Report on vaccination proceedings throughout the Government of Bengal -
Year: 1868
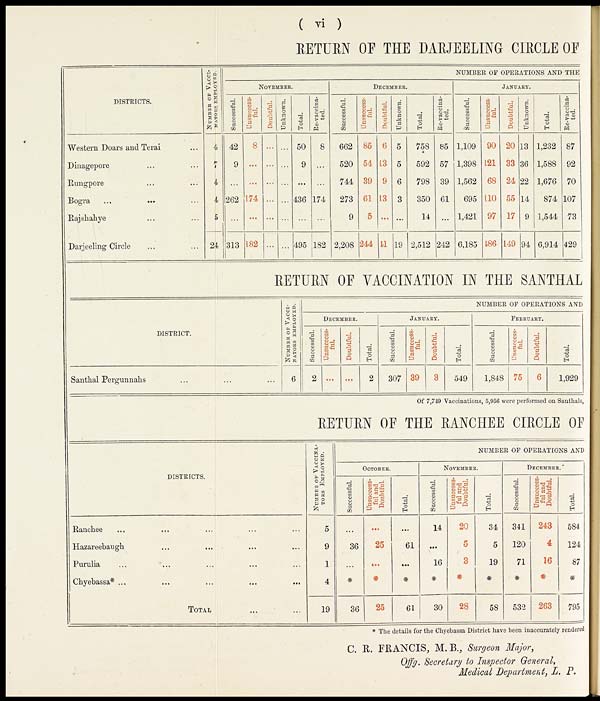
( vi )
RETURN OF THE DARJEELING CIRCLE OF
DISTRICTS.
Western Doars and Terai...
Dinagepore... ...
Rungpore... ...
Bogra... ...
Rajshahye... ...
Darjeeling Circle... ...
NUMBER OF VACCI-
NATORS EMPLOYED.
4
7
4
4
5
24
NUMBER OF OPERATIONS AND THE
NOVEMBER.
Successful.
42
9
...
262
...
313
Unsuccess-
ful.
8
...
...
174
...
182
Doubtful.
...
...
...
...
...
...
Unknown.
...
...
...
...
...
...
Total.
50
9
...
436
...
495
Re-vaccina-
ted.
8
...
...
174
...
182
DECEMBER.
Successful.
662
520
744
273
9
2,208
Unsuccess-
ful.
85
54
39
61
5
244
Doubtful.
6
13
9
13
...
11
Unknown.
5
5
6
3
...
19
Total.
758
592
798
350
14
2,512
Re-vaccina-
ted.
85
57
39
61
...
242
JANUARY.
Successful.
1,109
1,398
1,562
695
1,421
6,185
Unsuccess-
ful.
90
121
68
110
97
186
Doubtful.
20
33
24
55
17
149
Unknown.
13
36
22
14
9
94
Total.
1,232
1,588
1,676
874
1,544
6,914
Re-vaccina-
ted.
87
92
70
107
73
429
RETURN OF VACCINATION IN THE SANTHAL
DISTRICT.
Santhal Pergunnahs... ...
NUMBER OF VACCI-
------ EMPLOYED.
6
NUMBER OP OPERATIONS AND
DECEMBER.
Successful.
2
Unsuccess-
ful.
...
Doubtful.
...
Total.
2
JANUARY.
Successful.
307
Unsuccess-
ful.
39
Doubtful.
3
Total.
549
FEBRUARY.
Successful.
1,848
Unsuccess-
ful.
75
Doubtful.
6
Total.
1,929
Of 7,749 Vaccinations, 5,956 were performed on Santhals,
RETURN OF THE RANCHEE CIRCLE OF
DISTRICTS.
Ranchee... ...
Hazareebaugh... ...
Purulia...
...
Chyebassa*... ...
TOTAL...
NUMBER OF VACCINA-
---- EMPLOYED.
5
9
1
4
19
NUMBER OF OPERATIONS AND
OCTOBER.
Successful.
...
36
...
*
36
Unsuccess-
ful and
Doubtful.
...
25
...
*
25
Total.
...
61
...
*
61
NOVEMBER.
Successful.
14
...
16
*
30
Unsuccess-
ful and
Doubtful.
20
5
3
*
28
Total.
34
5
19
*
58
DECEMBER.
Successful.
341
120
71
*
532
Unsuccess-
ful and
Doubtful.
243
4
16
*
263
Total.
584
124
87
*
795
* The details for the Chyebassa District have been inaccurately rendered
C. R. FRANCIS, M.B., Surgeon Major,
Offg. Secretary to Inspector General,
Medical Department, L. P.